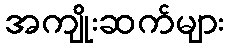
အကျိုးဆက်များ